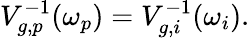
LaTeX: V_{g,p}^{-1}(\omega_{p})=V_{g,i}^{-1}(\omega_{i}).